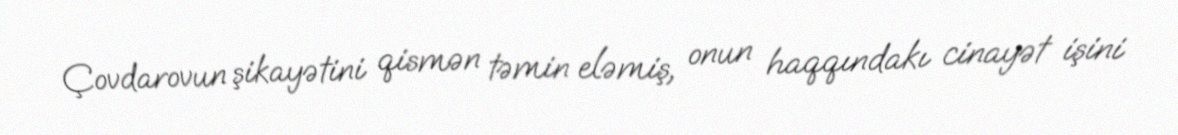
Çovdarovun şikayətini qismən təmin eləmiş, onun haqqındakı cinayət işini